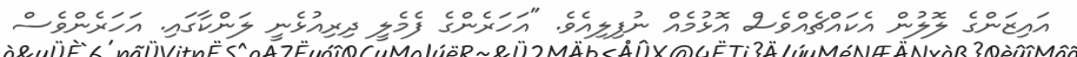
އައިޒަންގެ ލޮލުން އެކައްޗެއްވެސް އޮޅުމެއް ނުފިލިއެވެ. "އަހަރެންގެ ފެމެލީ ދިރިއުޅެނީ ލަންކާގައި. އަހަރެންވެސް